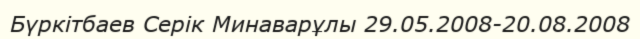
Бүркітбаев Серік Минаварұлы 29.05.2008-20.08.2008